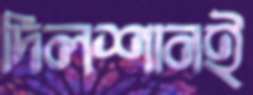
দিলশানই